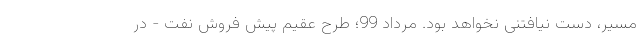
مسیر، دست نیافتنی نخواهد بود. مرداد 99؛ طرح عقیم پیش فروش نفت - در